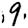
Digit: 9